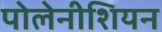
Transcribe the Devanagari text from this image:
पोलेनीशियन